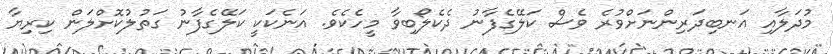
މުދަލާއި އަނބިދަރިންނަށްވުރެ ވެސް ކަލޭގެފާނު ދެކެލޯބިވާ މީހެކެވެ. އަނެކަކީ ކަލޭގެފާނު ގަތުލުކޮށްލަން ކިރިޔާ